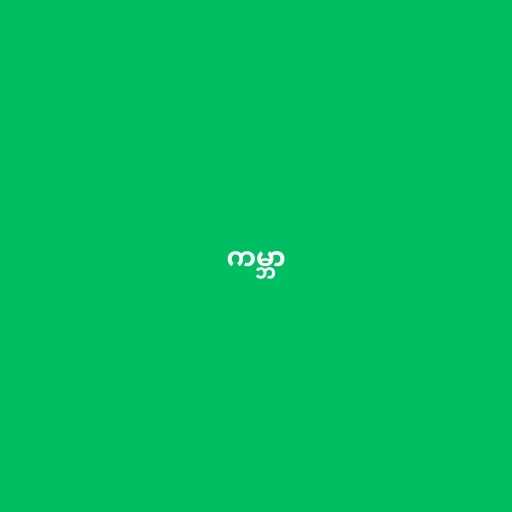
ကမ္ဘာ